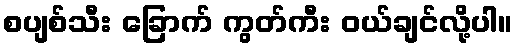
စပျစ်သီး ခြောက် ကွတ်ကီး ဝယ်ချင်လို့ပါ။